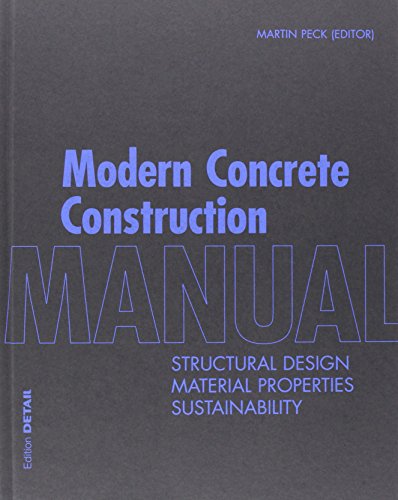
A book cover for Modern Concrete Construction Manual (Detail); Martin Peck; Arts & Photography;